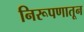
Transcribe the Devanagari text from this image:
निरूपणातून